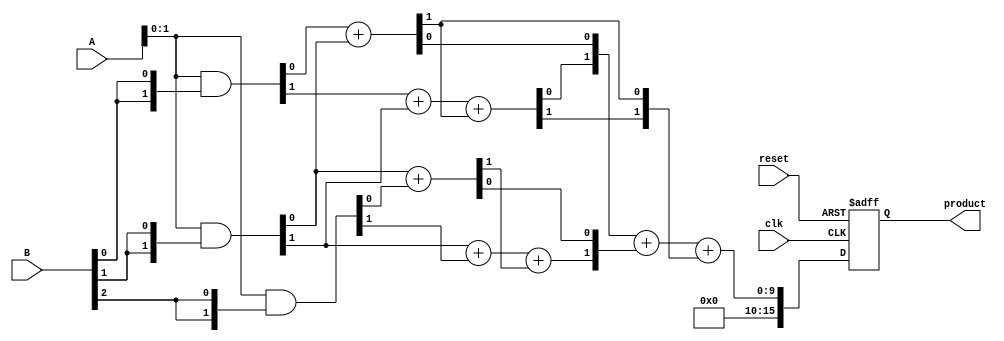
module wallace_tree_multiplier #(parameter N = 8) (
    input  wire [N-1:0] A,
    input  wire [N-1:0] B,
    input  wire clk,
    input  wire reset,
    output reg [2*N-1:0] product
);

    // Partial product generation
    wire [N-1:0] pp [0:N-1]; // Partial products
    genvar i;
    generate
        for (i = 0; i < N; i = i + 1) begin : partial_products
            assign pp[i] = A & {N{B[i]}}; // ANDing each bit of B with A
        end
    endgenerate

    // Wallace tree reduction
    wire [N-1:0] sum [0:N-1]; // Sum wires
    wire [N-1:0] carry [0:N-1]; // Carry wires

    // First layer of reduction
    generate
        for (i = 0; i < N; i = i + 1) begin : reduction_layer1
            if (i < N-1) begin
                // Half adder for the first two bits
                assign {carry[i][0], sum[i][0]} = pp[i][0] + pp[i+1][0];
                // Full adder for the rest
                assign {carry[i][1], sum[i][1]} = pp[i][1] + pp[i+1][1] + carry[i][0];
            end else begin
                assign sum[i][0] = pp[i][0];
                assign sum[i][1] = pp[i][1];
            end
        end
    endgenerate

    // Further reduction layers
    // This part can be expanded based on the number of layers needed
    // For simplicity, we will assume a maximum of two layers
    wire [N-1:0] final_sum, final_carry;

    // Final addition using a simple carry-save adder
    assign {final_carry, final_sum} = sum[0] + sum[1] + carry[0];

    // Final product assignment
    always @(posedge clk or posedge reset) begin
        if (reset) begin
            product <= 0;
        end else begin
            product <= {final_carry, final_sum}; // Concatenate carry and sum for final product
        end
    end

endmodule